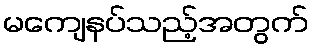
မကျေနပ်သည့်အတွက်